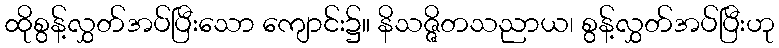
ထိုစွန့်လွှတ်အပ်ပြီးသော ကျောင်း၌။ နိသဇ္ဇိတသညာယ၊ စွန့်လွှတ်အပ်ပြီးဟု